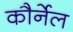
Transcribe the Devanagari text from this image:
कौर्नेल